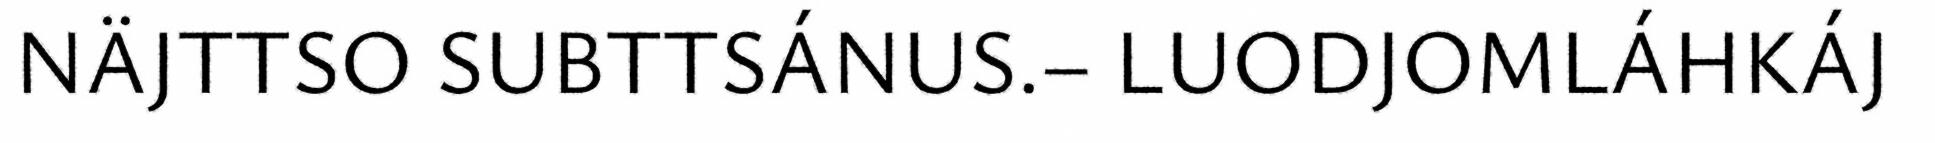
NÄJTTSO SUBTTSÁNUS.– LUODJOMLÁHKÁJ